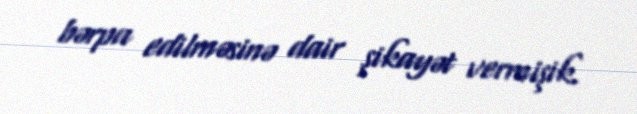
bərpa edilməsinə dair şikayət vermişik.